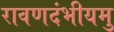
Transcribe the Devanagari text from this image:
रावणदंभीयमु